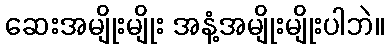
ဆေးအမျိုးမျိုး အနံ့အမျိုးမျိုးပါဘဲ။